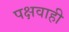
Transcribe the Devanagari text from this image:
पक्षवाही